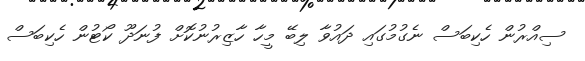
ސިއްރުން ހެކިބަސް ނެގުމުގައި ދައުވާ ލިބޭ މީހާ ހާޒިރުނުކޮށް ފުނަދޫ ކޯޓުން ހެކިބަސް